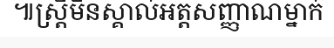
៕ស្ត្រីមិនស្គាល់អត្តសញ្ញាណម្នាក់